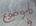
موضوع